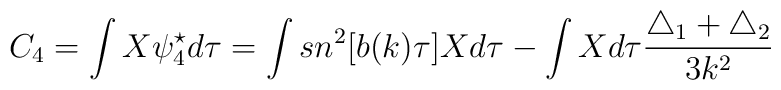
C_4=\int X\psi_4^{\star} d\tau=\int sn^2[b(k)\tau] Xd\tau -\int Xd\tau                                           \frac{\triangle_1+\triangle_2}{3k^2}